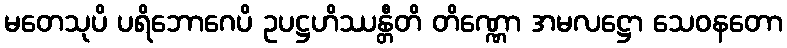
မတေသုပိ ပရိဘောဂေပိ ဥပဋ္ဌဟိဿန္တီတိ တိဏ္ဏော အမလဋ္ဌော သေဝနတော